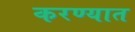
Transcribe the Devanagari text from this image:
करण्यात